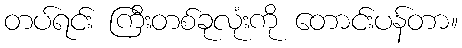
တပ်ရင်း ကြီးတစ်ခုလုံးကို တောင်းပန်တာ။